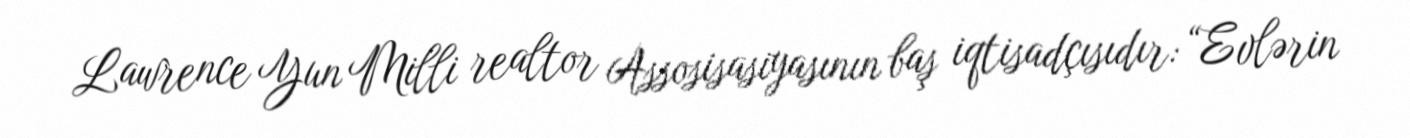
Lawrence Yun Milli realtor Assosisasiyasının baş iqtisadçısıdır: “Evlərin